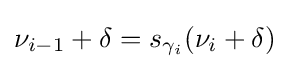
\nu _{i-1}+\delta =s_{\gamma _{i}}(\nu _{i}+\delta )